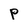
Character: P